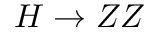
H \rightarrow Z Z